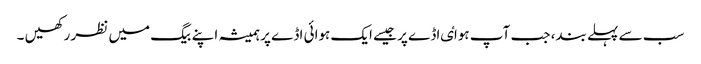
سب سے پہلے بند، جب آپ ہواٸ اڈے پر جیسے ایک ہوائی اڈے پر ہمیشہ اپنے بیگ میں نظر رکھیں ۔